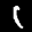
Label: 1